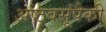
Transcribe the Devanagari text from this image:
अष्टवसूंपैकी